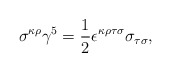
\begin{align*}\sigma^{\kappa\rho}\gamma^{5}=\frac{1}{2}\epsilon^{\kappa\rho\tau\sigma}\sigma_{\tau\sigma},\end{align*}